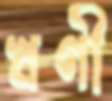
ঋণী